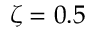
\zeta = 0 . 5